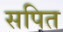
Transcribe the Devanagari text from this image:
सपित